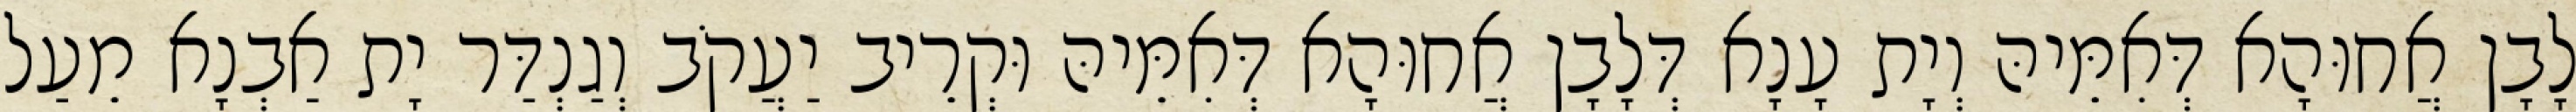
לָבָן אֲחוּהָא דְּאִמֵּיהּ וְיָת עָנָא דְּלָבָן אֲחוּהָא דְּאִמֵּיהּ וּקְרֵיב יַעֲקֹב וְגַנְדַּר יָת אַבְנָא מֵעַל